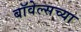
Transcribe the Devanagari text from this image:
बॉवेल्सच्या